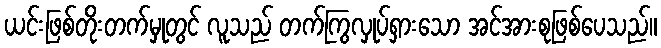
ယင်းဖြစ်တိုးတက်မှုတွင် လူသည် တက်ကြွလှုပ်ရှားသော အင်အားစုဖြစ်ပေသည်။